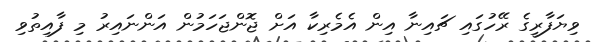
ވިޔަފާރީގެ ރޭހުގައި ޗައިނާ އިން އެމެރިކާ އަށް ޖޮންޖަހަމުން އަންނައިރު މި ފާއިތުވި